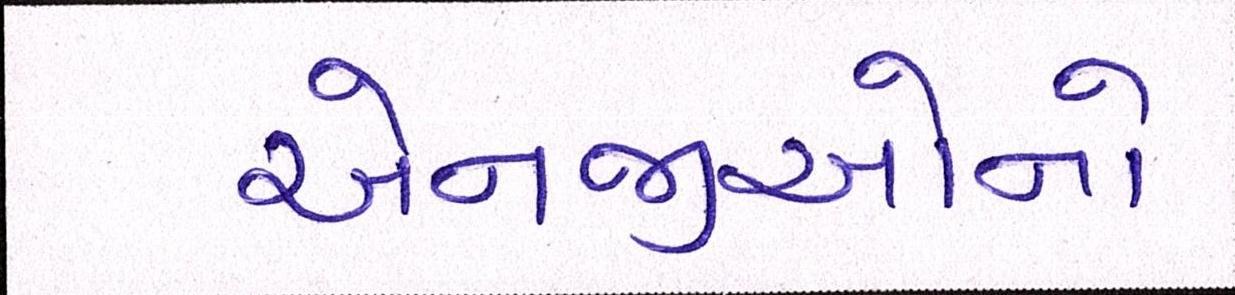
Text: એનજીઓનો